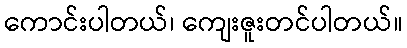
ကောင်းပါတယ်၊ ကျေးဇူးတင်ပါတယ်။